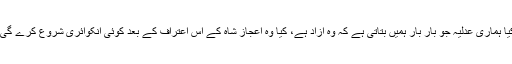
کیا ہماری عدلیہ جو بار بار ہمیں بتاتی ہے کہ وہ آزاد ہے، کیا وہ اعجاز شاہ کے اس اعتراف کے بعد کوئی انکوائری شروع کرے گی؟